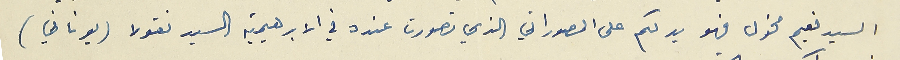
السيد نعيم مخول فهو يدلكم على المصوراتي الذي تصورت عنده في الابرهيمية السيد نقولا (يوناني)